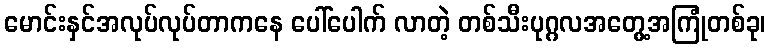
မောင်းနှင်အလုပ်လုပ်တာကနေ ပေါ်ပေါက် လာတဲ့ တစ်သီးပုဂ္ဂလအတွေ့အကြုံတစ်ခု၊